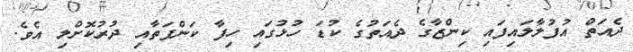
ދެއަތް އުފުލާލައިފައި ކިންޒާގެ ދެއަތުގެ ކުޑަ ހުޅުގައި ހިފާ ކަންފަތާއި ދުރުކޮށްލި އެވެ.